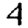
Digit: 4